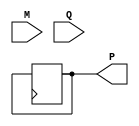
module booth_multiplier #(
    parameter WIDTH = 8  // Bit width for multiplicand and multiplier
)(
    input signed [WIDTH-1:0] M,       // Multiplicand
    input signed [WIDTH-1:0] Q,       // Multiplier
    output reg signed [2*WIDTH-1:0] P // Product
);

    reg signed [WIDTH-1:0] multiplicand;
    reg signed [WIDTH-1:0] multiplier;
    reg [2*WIDTH-1:0] product;
    reg Q_1; // Previous LSB of multiplier
    integer count;

    initial begin
        product = 0;
        Q_1 = 0;
        count = WIDTH;
    end

    always @(*) begin
        multiplicand = M;
        multiplier = Q;
        product = {multiplicand, 1'b0}; // Initialize product with multiplicand and extra bit for shifting
        Q_1 = 0; // Initialize Q-1
        count = WIDTH; // Set the number of iterations
    end

    always @(posedge clk or negedge reset) begin
        if (!reset) begin
            product <= 0;
            Q_1 <= 0;
            count <= WIDTH;
        end else if (count > 0) begin
            case ({multiplier[0], Q_1})
                2'b01: product[2*WIDTH-1:WIDTH] <= product[2*WIDTH-1:WIDTH] + multiplicand; // Add
                2'b10: product[2*WIDTH-1:WIDTH] <= product[2*WIDTH-1:WIDTH] - multiplicand; // Subtract
                2'b00: ; // No operation
                2'b11: ; // No operation
            endcase

            // Arithmetic right shift
            {product[2*WIDTH-1], product} <= {product[2*WIDTH-1], product} >> 1;
            multiplier <= {product[WIDTH], multiplier[WIDTH-1:1]}; // Shift multiplier
            Q_1 <= product[0]; // Update Q-1
            count <= count - 1;
        end else begin
            P <= product[2*WIDTH-1:1]; // Final product output
        end
    end

endmodule